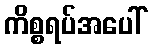
ကိစ္စရပ်အပေါ်